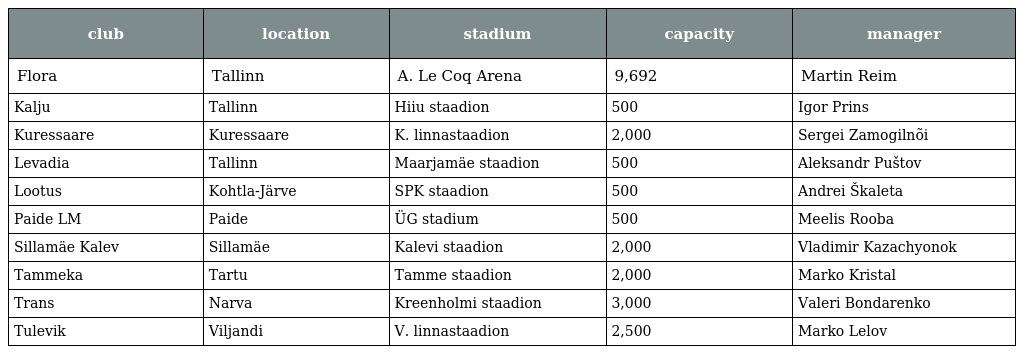
| club | location | stadium | capacity | manager |
 | --- | --- | --- | --- | --- |
 | Flora | Tallinn | A. Le Coq Arena | 9,692 | Martin Reim |
 | Kalju | Tallinn | Hiiu staadion | 500 | Igor Prins |
 | Kuressaare | Kuressaare | K. linnastaadion | 2,000 | Sergei Zamogilnõi |
 | Levadia | Tallinn | Maarjamäe staadion | 500 | Aleksandr Puštov |
 | Lootus | Kohtla-Järve | SPK staadion | 500 | Andrei Škaleta |
 | Paide LM | Paide | ÜG stadium | 500 | Meelis Rooba |
 | Sillamäe Kalev | Sillamäe | Kalevi staadion | 2,000 | Vladimir Kazachyonok |
 | Tammeka | Tartu | Tamme staadion | 2,000 | Marko Kristal |
 | Trans | Narva | Kreenholmi staadion | 3,000 | Valeri Bondarenko |
 | Tulevik | Viljandi | V. linnastaadion | 2,500 | Marko Lelov |